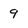
Character: 9